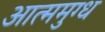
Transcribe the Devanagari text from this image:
आत्ममुग्ध